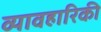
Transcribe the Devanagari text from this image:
व्यावहारिकी